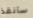
سأنقذ